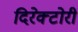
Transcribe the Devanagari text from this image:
दिरेक्टोरी